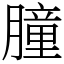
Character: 朣